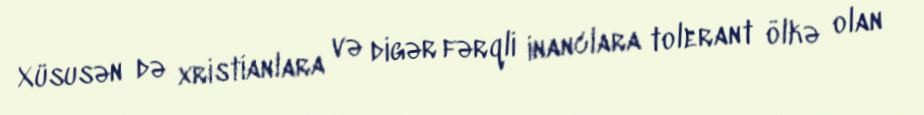
Xüsusən də xristianlara və digər fərqli inanclara tolerant ölkə olan